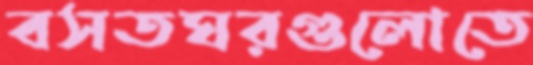
বসতঘরগুলোতে